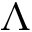
\Lambda